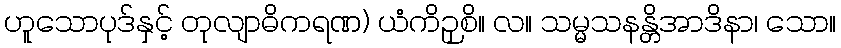
ဟူသောပုဒ်နှင့် တုလျာဓိကရဏ) ယံကိဉှစိ။ လ။ သမ္မသနန္တိအာဒိနာ၊ သော။